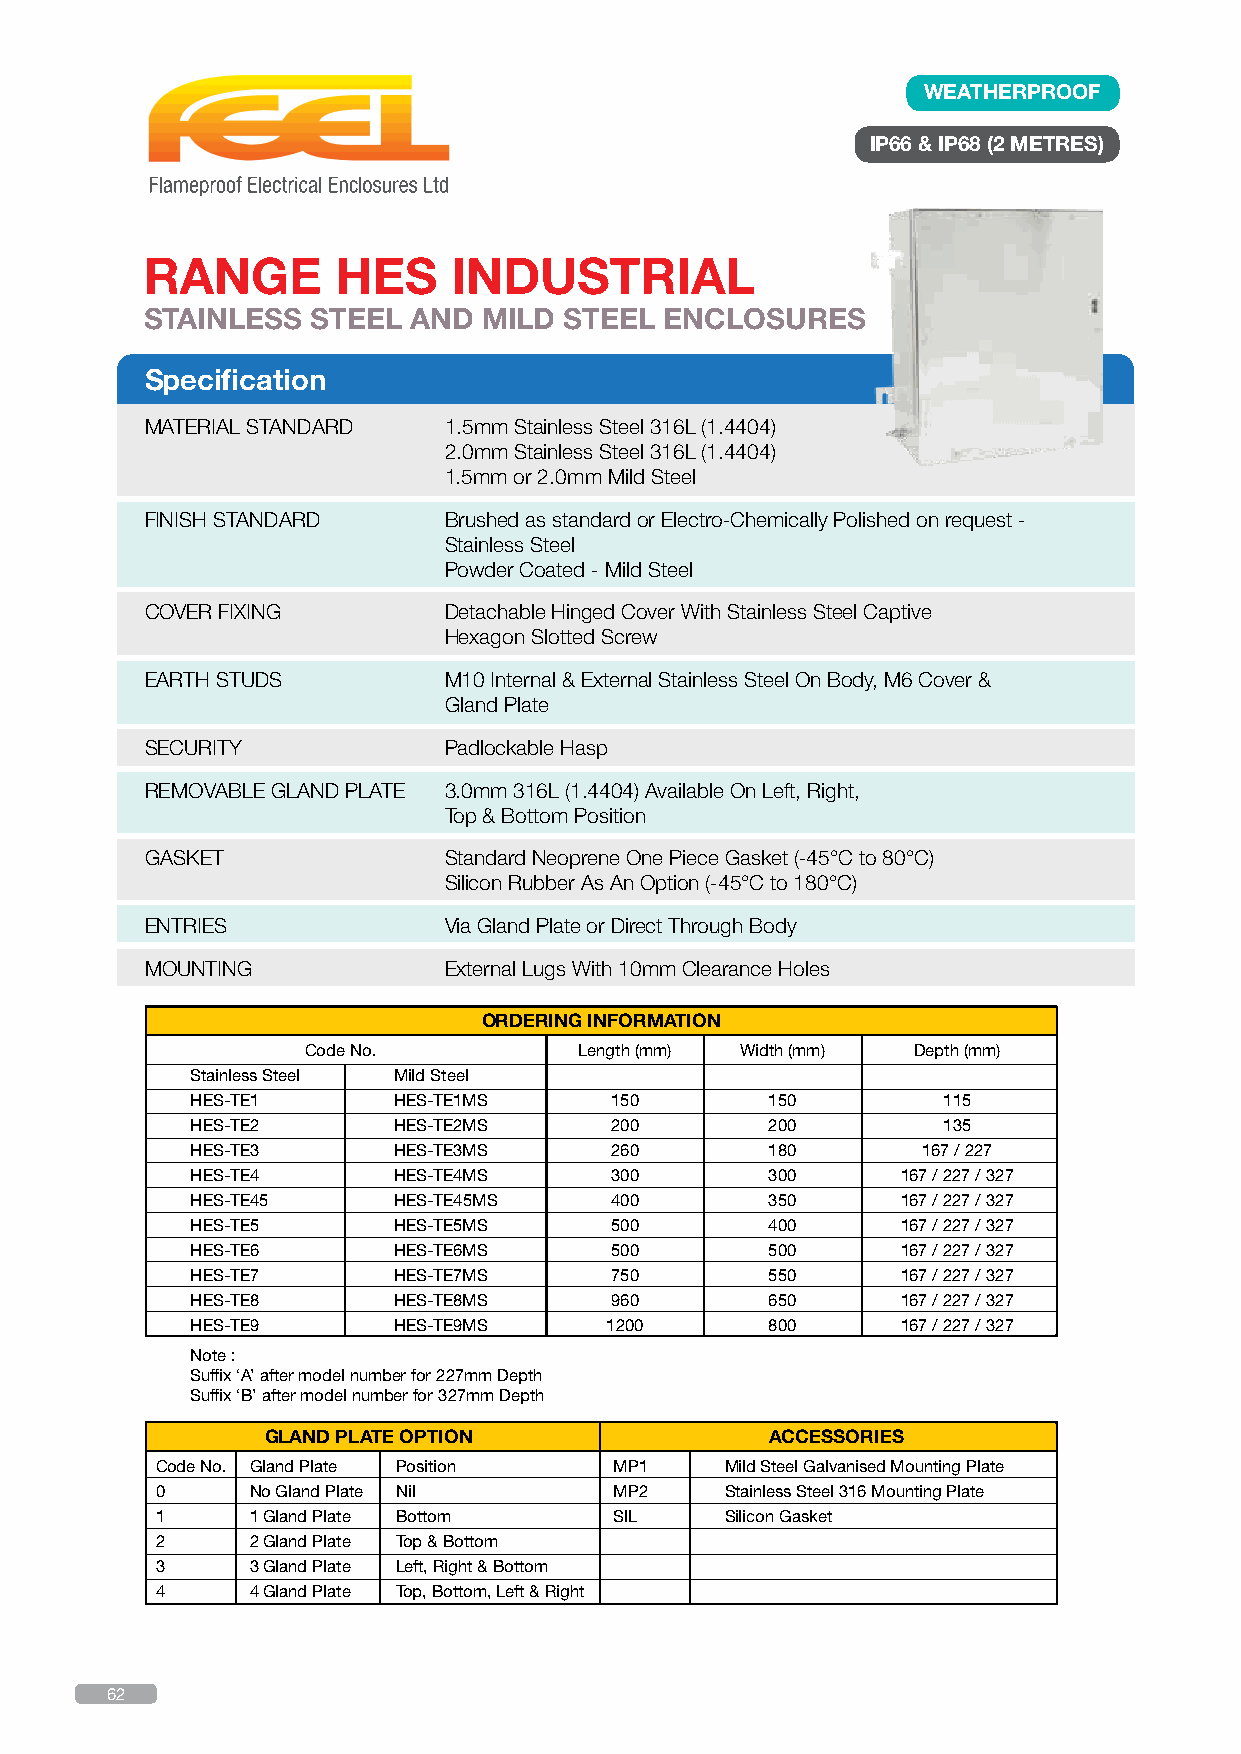
WEATHERPROOF
 IP66 & IP68 (2 METRES)
 RANGE       HES     INDUSTRIAL
 STAINLESS  STEEL AND  MILD STEEL  ENCLOSURES
 Specification
 MATERIAL STANDARD  1.5mm Stainless Steel 316L (1.4404)
 2.0mm Stainless Steel 316L (1.4404)
 1.5mm or 2.0mm Mild Steel
 FINISH STANDARD    Brushed as standard or Electro-Chemically Polished on request -
 Stainless Steel
 Powder Coated - Mild Steel
 COVER FIXING       Detachable Hinged Cover With Stainless Steel Captive
 Hexagon Slotted Screw
 EARTH STUDS        M10 Internal & External Stainless Steel On Body, M6 Cover &
 Gland Plate
 SECURITY           Padlockable Hasp
 REMOVABLE GLAND PLATE 3.0mm 316L (1.4404) Available On Left, Right,
 Top & Bottom Position
 GASKET             Standard Neoprene One Piece Gasket (-45°C to 80°C)
 Silicon Rubber As An Option (-45°C to 180°C)
 ENTRIES            Via Gland Plate or Direct Through Body
 MOUNTING           External Lugs With 10mm Clearance Holes
 ORDERING INFORMATION
 Code No.          Length (mm) Width (mm) Depth (mm)
 Stainless Steel Mild Steel
 HES-TE1      HES-TE1MS     150        150        115
 HES-TE2      HES-TE2MS     200        200        135
 HES-TE3      HES-TE3MS     260        180       167 / 227
 HES-TE4      HES-TE4MS     300        300      167 / 227 / 327
 HES-TE45     HES-TE45MS    400        350      167 / 227 / 327
 HES-TE5      HES-TE5MS     500        400      167 / 227 / 327
 HES-TE6      HES-TE6MS     500        500      167 / 227 / 327
 HES-TE7      HES-TE7MS     750        550      167 / 227 / 327
 HES-TE8      HES-TE8MS     960        650      167 / 227 / 327
 HES-TE9      HES-TE9MS     1200       800      167 / 227 / 327
 Note :
 Suffix ‘A’ after model number for 227mm Depth
 Suffix ‘B’ after model number for 327mm Depth
 GLAND PLATE OPTION               ACCESSORIES
 Code No. Gland Plate Position  MP1    Mild Steel Galvanised Mounting Plate
 0      No Gland Plate Nil      MP2    Stainless Steel 316 Mounting Plate
 1      1 Gland Plate Bottom    SIL    Silicon Gasket
 2      2 Gland Plate Top & Bottom
 3      3 Gland Plate Left, Right & Bottom
 4      4 Gland Plate Top, Bottom, Left & Right
 62